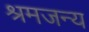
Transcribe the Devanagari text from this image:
श्रमजन्य